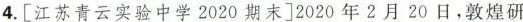
4.[江苏青云实验中学2020期末]2020年2月20日，敦煌研